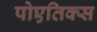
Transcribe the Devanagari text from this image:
पोएतिक्स